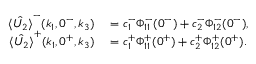
\begin{array} { r l } { \hat { \langle U _ { 2 } \rangle } ^ { - } ( k _ { 1 } , 0 ^ { - } , k _ { 3 } ) } & { { } = c _ { 1 } ^ { - } \Phi _ { 1 1 } ^ { - } ( 0 ^ { - } ) + c _ { 2 } ^ { - } \Phi _ { 1 2 } ^ { - } ( 0 ^ { - } ) , } \\ { \hat { \langle U _ { 2 } \rangle } ^ { + } ( k _ { 1 } , 0 ^ { + } , k _ { 3 } ) } & { { } = c _ { 1 } ^ { + } \Phi _ { 1 1 } ^ { + } ( 0 ^ { + } ) + c _ { 2 } ^ { + } \Phi _ { 1 2 } ^ { + } ( 0 ^ { + } ) . } \end{array}